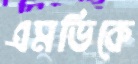
এমভিকে